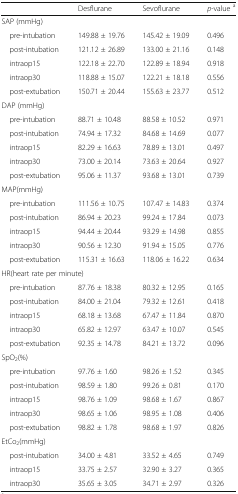
<table><thead><tr><td></td><td><b>Desflurane</b></td><td><b>Sevoflurane</b></td><td><b><i>p</i>-value <sup>a</sup></b></td></tr></thead><tbody><tr><td colspan="4">SAP (mmHg)</td></tr><tr><td> pre-intubation</td><td>149.88 ± 19.76</td><td>145.42 ± 19.09</td><td>0.496</td></tr><tr><td> post-intubation</td><td>121.12 ± 26.89</td><td>133.00 ± 21.16</td><td>0.148</td></tr><tr><td> intraop15</td><td>122.18 ± 22.70</td><td>122.89 ± 18.94</td><td>0.918</td></tr><tr><td> intraop30</td><td>118.88 ± 15.07</td><td>122.21 ± 18.18</td><td>0.556</td></tr><tr><td> post-extubation</td><td>150.71 ± 20.44</td><td>155.63 ± 23.77</td><td>0.512</td></tr><tr><td colspan="4">DAP (mmHg)</td></tr><tr><td> pre-intubation</td><td>88.71 ± 10.48</td><td>88.58 ± 10.52</td><td>0.971</td></tr><tr><td> post-intubation</td><td>74.94 ± 17.32</td><td>84.68 ± 14.69</td><td>0.077</td></tr><tr><td> intraop15</td><td>82.29 ± 16.63</td><td>78.89 ± 13.01</td><td>0.497</td></tr><tr><td> intraop30</td><td>73.00 ± 20.14</td><td>73.63 ± 20.64</td><td>0.927</td></tr><tr><td> post-extubation</td><td>95.06 ± 11.37</td><td>93.68 ± 13.01</td><td>0.739</td></tr><tr><td colspan="4">MAP(mmHg)</td></tr><tr><td> pre-intubation</td><td>111.56 ± 10.75</td><td>107.47 ± 14.83</td><td>0.374</td></tr><tr><td> post-intubation</td><td>86.94 ± 20.23</td><td>99.24 ± 17.84</td><td>0.073</td></tr><tr><td> intraop15</td><td>94.44 ± 20.44</td><td>93.29 ± 14.98</td><td>0.855</td></tr><tr><td> intraop30</td><td>90.56 ± 12.30</td><td>91.94 ± 15.05</td><td>0.776</td></tr><tr><td> post-extubation</td><td>115.31 ± 16.63</td><td>118.06 ± 16.22</td><td>0.634</td></tr><tr><td colspan="4">HR(heart rate per minute)</td></tr><tr><td> pre-intubation</td><td>87.76 ± 18.38</td><td>80.32 ± 12.95</td><td>0.165</td></tr><tr><td> post-intubation</td><td>84.00 ± 21.04</td><td>79.32 ± 12.61</td><td>0.418</td></tr><tr><td> intraop15</td><td>68.18 ± 13.68</td><td>67.47 ± 11.84</td><td>0.870</td></tr><tr><td> intraop30</td><td>65.82 ± 12.97</td><td>63.47 ± 10.07</td><td>0.545</td></tr><tr><td> post-extubation</td><td>92.35 ± 14.78</td><td>84.21 ± 13.72</td><td>0.096</td></tr><tr><td colspan="4">SpO<sub>2</sub>(%)</td></tr><tr><td> pre-intubation</td><td>97.76 ± 1.60</td><td>98.26 ± 1.52</td><td>0.345</td></tr><tr><td> post-intubation</td><td>98.59 ± 1.80</td><td>99.26 ± 0.81</td><td>0.170</td></tr><tr><td> intraop15</td><td>98.76 ± 1.09</td><td>98.68 ± 1.67</td><td>0.867</td></tr><tr><td> intraop30</td><td>98.65 ± 1.06</td><td>98.95 ± 1.08</td><td>0.406</td></tr><tr><td> post-extubation</td><td>98.82 ± 1.78</td><td>98.68 ± 1.97</td><td>0.826</td></tr><tr><td colspan="4">EtCo<sub>2</sub>(mmHg)</td></tr><tr><td> post-intubation</td><td>34.00 ± 4.81</td><td>33.52 ± 4.65</td><td>0.749</td></tr><tr><td> intraop15</td><td>33.75 ± 2.57</td><td>32.90 ± 3.27</td><td>0.365</td></tr><tr><td> intraop30</td><td>35.65 ± 3.05</td><td>34.71 ± 2.97</td><td>0.326</td></tr></tbody></table>